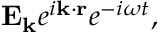
\mathbf { E _ { k } } e ^ { i \mathbf { k \cdot r } } e ^ { - i \omega t } ,